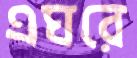
এঘরে